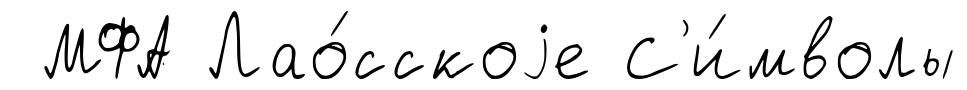
МФА Лао́сскоjе С'и́мволы